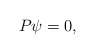
\begin{align*}P\psi=0,\end{align*}